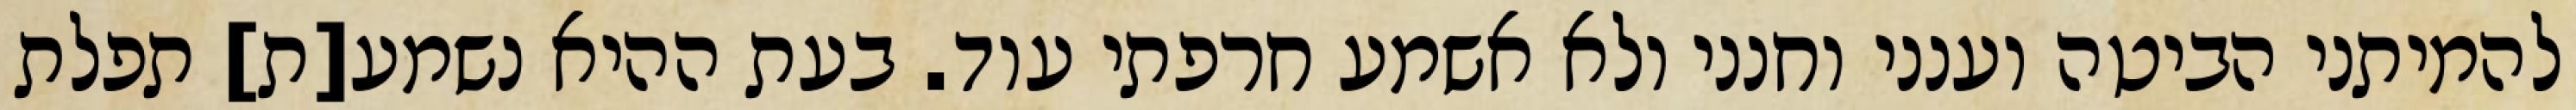
להמיתני הביטה וענני וחנני ולא אשמע חרפתי עוד. בעת ההיא נשמע[ת] תפלת